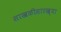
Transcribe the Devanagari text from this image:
साखळीसारख्या